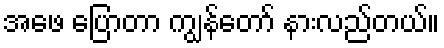
အဖေ ပြောတာ ကျွန်တော် နားလည်တယ်။